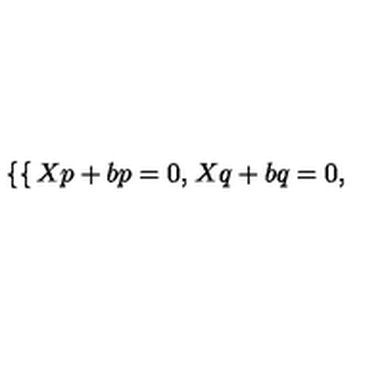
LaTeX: \left\{ \begin{cases} { X p + b p = 0 , } \\ { X q + b q = 0 , } \\ \end{cases} \right.